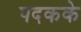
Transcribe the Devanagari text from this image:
पदकके